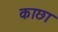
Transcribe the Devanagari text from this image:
काछा